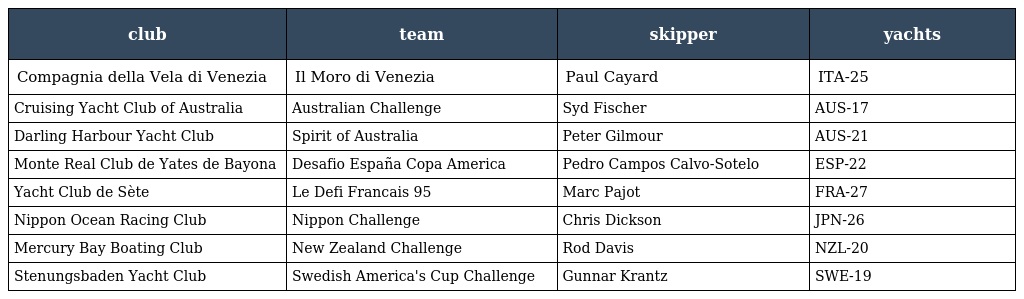
| club | team | skipper | yachts |
 | --- | --- | --- | --- |
 | Compagnia della Vela di Venezia | Il Moro di Venezia | Paul Cayard | ITA-25 |
 | Cruising Yacht Club of Australia | Australian Challenge | Syd Fischer | AUS-17 |
 | Darling Harbour Yacht Club | Spirit of Australia | Peter Gilmour | AUS-21 |
 | Monte Real Club de Yates de Bayona | Desafio España Copa America | Pedro Campos Calvo-Sotelo | ESP-22 |
 | Yacht Club de Sète | Le Defi Francais 95 | Marc Pajot | FRA-27 |
 | Nippon Ocean Racing Club | Nippon Challenge | Chris Dickson | JPN-26 |
 | Mercury Bay Boating Club | New Zealand Challenge | Rod Davis | NZL-20 |
 | Stenungsbaden Yacht Club | Swedish America's Cup Challenge | Gunnar Krantz | SWE-19 |